Lunatic asylums Punjab 1881-1894 - 1881-1894
Year: 1881
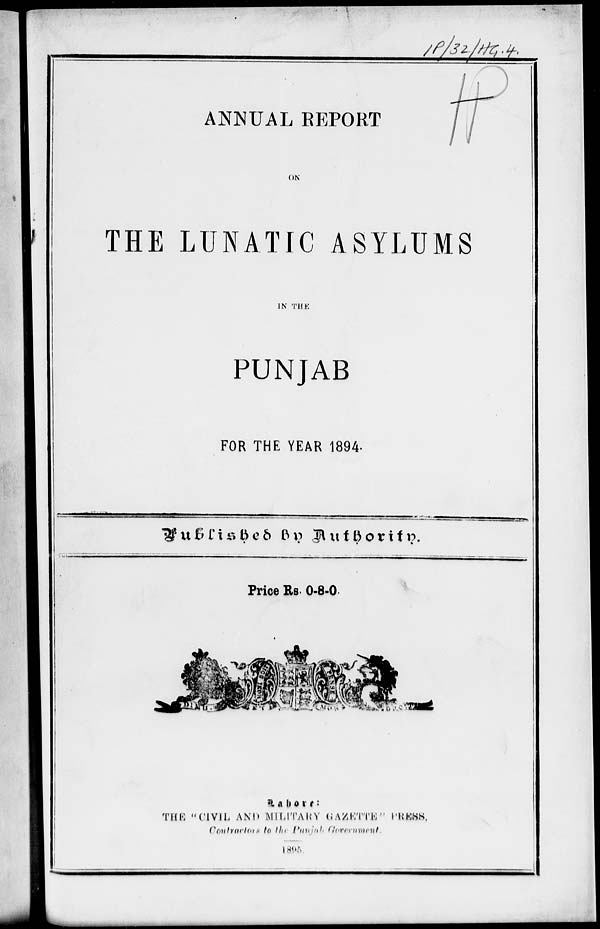
ANNUAL REPORT
ON
THE LUNATIC ASYLUMS
IN THE
PUNJAB
FOR THE YEAR 1894.
Published
by
Authority.
Price Rs. 0-8-0.
Lahore:
THE "CIVIL AND MILITARY GAZETTE " PRESS,
Contractors to the Punjab Government.
1895.